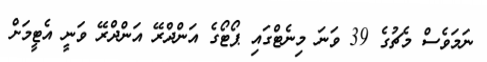
ނަމަވެސް މެޗުގެ 39 ވަނަ މިނެޓްގައި ޕޯޓޯގެ އަންދްރޭ އަންދްރޭ ވަނީ އެޓީމަށް